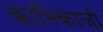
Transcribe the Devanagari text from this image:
कामिकाज़ी